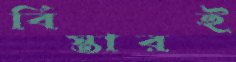
বিস্তারই